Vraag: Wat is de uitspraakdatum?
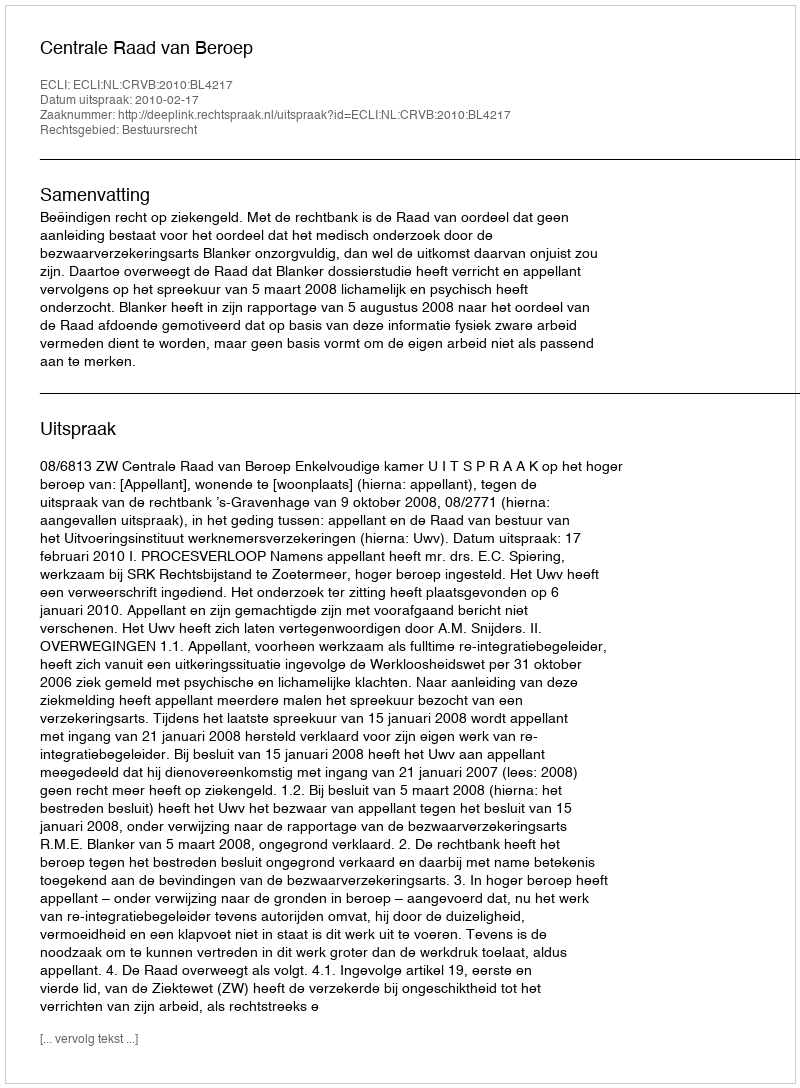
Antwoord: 2010-02-17